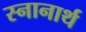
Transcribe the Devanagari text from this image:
स्‍नानार्थ